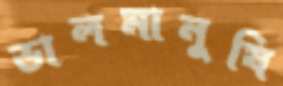
ভালমানুষি